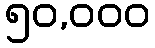
၅၀,၀၀၀